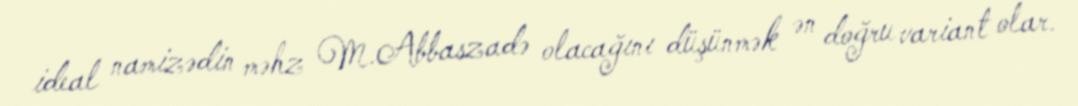
ideal namizədin məhz M.Abbaszadə olacağını düşünmək ən doğru variant olar.